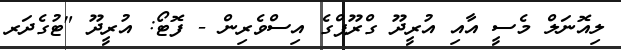
ލިއޮނަލް މެސީ އާއި އުރީދޫ ގްރޫޕްގެ އިސްވެރިން - ފޮޓޯ: އުރީދޫ "ޓުގެދަރ